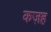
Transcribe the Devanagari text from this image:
कज़ह